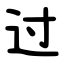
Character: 过